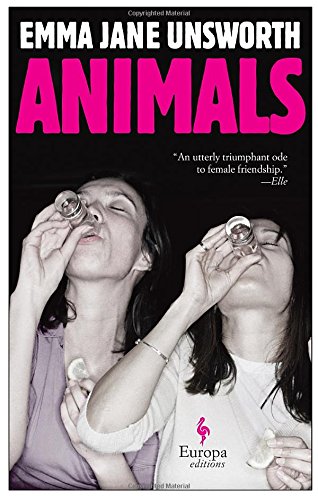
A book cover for Animals; Emma Jane Unsworth; Literature & Fiction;